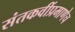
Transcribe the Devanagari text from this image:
संतकवींप्रमाणेच